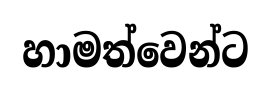
හාමත්වෙන්ට